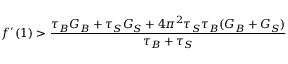
f ^ { \prime } ( 1 ) > \frac { \tau _ { B } G _ { B } + \tau _ { S } G _ { S } + 4 \pi ^ { 2 } \tau _ { S } \tau _ { B } ( G _ { B } + G _ { S } ) } { \tau _ { B } + \tau _ { S } }